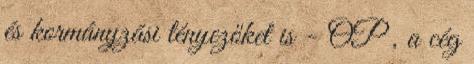
és kormányzási tényezőket is - OP , a cég